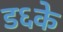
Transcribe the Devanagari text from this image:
ड६के